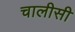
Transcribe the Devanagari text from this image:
चालीसी